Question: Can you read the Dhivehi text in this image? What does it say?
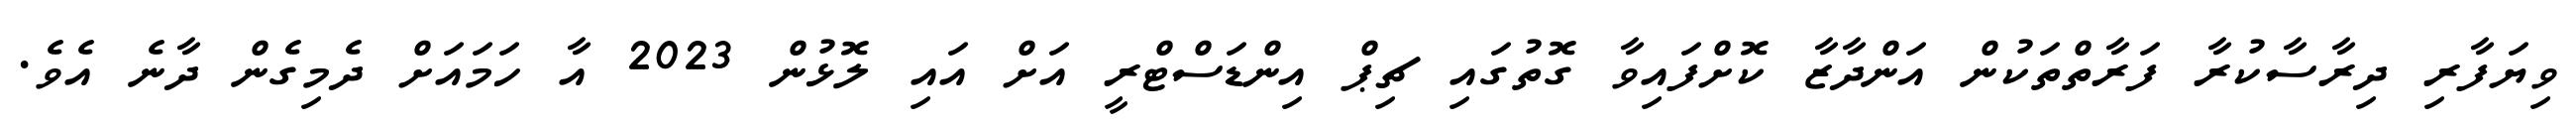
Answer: ވިޔަފާރި ދިރާސާކުރާ ފަރާތްތަކުން އަންދާޒާ ކޮށްފައިވާ ގޮތުގައި ޗިޕް އިންޑަސްޓްރީ އަށް އައި ލޮޅުން 2023 އާ ހަމައަށް ދެމިގެން ދާނެ އެވެ.